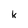
Character: k